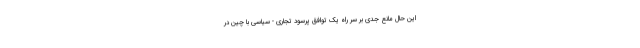
این حال مانع جدی بر سر راه یک توافق پرسود تجاری - سیاسی با چین در